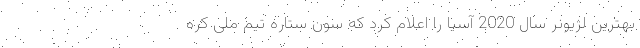
بهترین لژیونر سال 2020 آسیا را اعلام کرد که سون ستاره تیم ملی کره